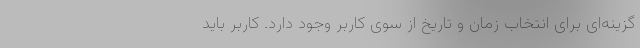
گزینه‌ای برای انتخاب زمان و تاریخ از سوی کاربر وجود دارد. کاربر باید